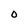
Character: 0